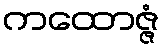
ကထောဇ္ဇံ